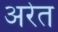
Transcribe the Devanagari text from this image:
अरेत